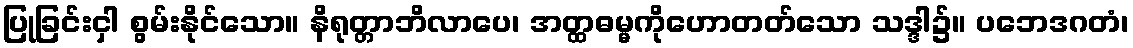
ပြုခြင်းငှါ စွမ်းနိုင်သော။ နိရုတ္တာဘိလာပေ၊ အတ္ထဓမ္မကိုဟောတတ်သော သဒ္ဒါ၌။ ပဘေဒဂတံ၊